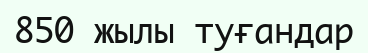
850 жылы туғандар